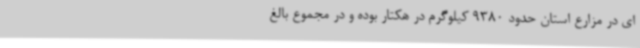
ای در مزارع استان حدود 9380 کیلوگرم در هکتار بوده و در مجموع بالغ